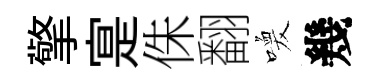
擎寔侏翻喚幾